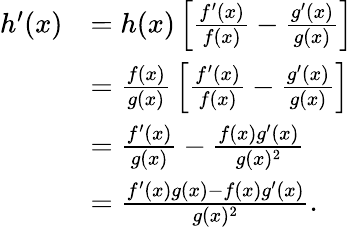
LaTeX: {\begin{array}{rl}{h^{\prime}(x)}&{=h(x)\left[{\frac{f^{\prime}(x)}{f(x)}}-{\frac{g^{\prime}(x)}{g(x)}}\right]}\\ &{={\frac{f(x)}{g(x)}}\left[{\frac{f^{\prime}(x)}{f(x)}}-{\frac{g^{\prime}(x)}{g(x)}}\right]}\\ &{={\frac{f^{\prime}(x)}{g(x)}}-{\frac{f(x)g^{\prime}(x)}{g(x)^{2}}}}\\ &{={\frac{f^{\prime}(x)g(x)-f(x)g^{\prime}(x)}{g(x)^{2}}}.}\end{array}}